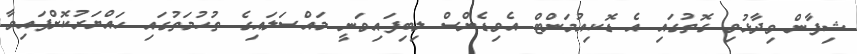
ޝިފާން ވިދާޅުވި ގޮތުގައި އެ ޑޮކިއުމަންޓް އެވިޑެންސް ލިބިފައިވަނީ މައްސަލައިގެ ތުހުމަތުގައި ހައްޔަރުކޮށްފައިވާ